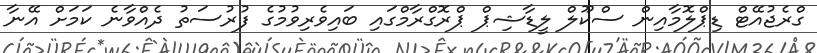
ގްރެޖުއޭޓް ޑިޕްލޮމާއިން ސްކޫލް ލީޑާޝިޕް ޕްރޮގްރާމްގައި ބައިވެރިވުމުގެ ފުރުސަތު ދެއްވާނެ ކަމަށް އޭނާ